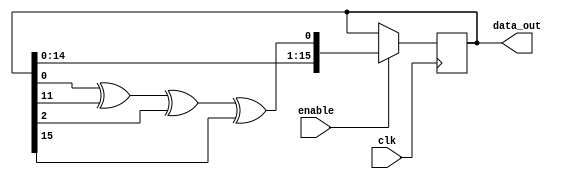
module lfsr16 (enable,data_out, clk);

	output [16:1]	data_out;
	input				enable,clk;
	
	reg	[16:1]	sreg;
	
	initial sreg = 16'd1;
	
	always @ (posedge clk)
	begin
	if (enable==1)
		sreg <= {sreg[15:1], sreg[1] ^ sreg[12] ^ sreg[3] ^ sreg[16]};
		end
	assign data_out = sreg ;
endmodule